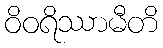
ဝိဝရိဿာမီတိ